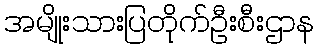
အမျိုးသားပြတိုက်ဦးစီးဌာန